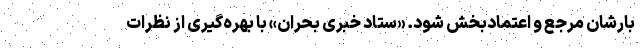
بارشان مرجع و اعتمادبخش شود. «ستاد خبری بحران» با بهره‌گیری از نظرات